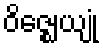
ဝိဇ္ဈေယျုံ